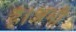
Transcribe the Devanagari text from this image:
है।अभी